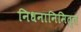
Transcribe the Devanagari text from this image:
निधनानिमित्त